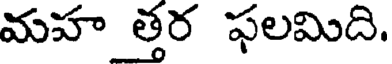
మహ త్తర ఫలమిది.